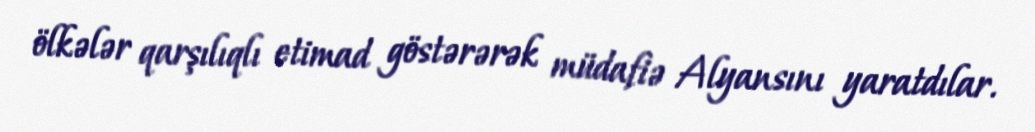
ölkələr qarşılıqlı etimad göstərərək müdafiə Alyansını yaratdılar.